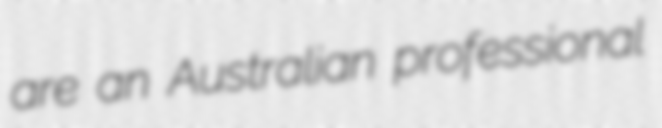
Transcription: are an Australian professional